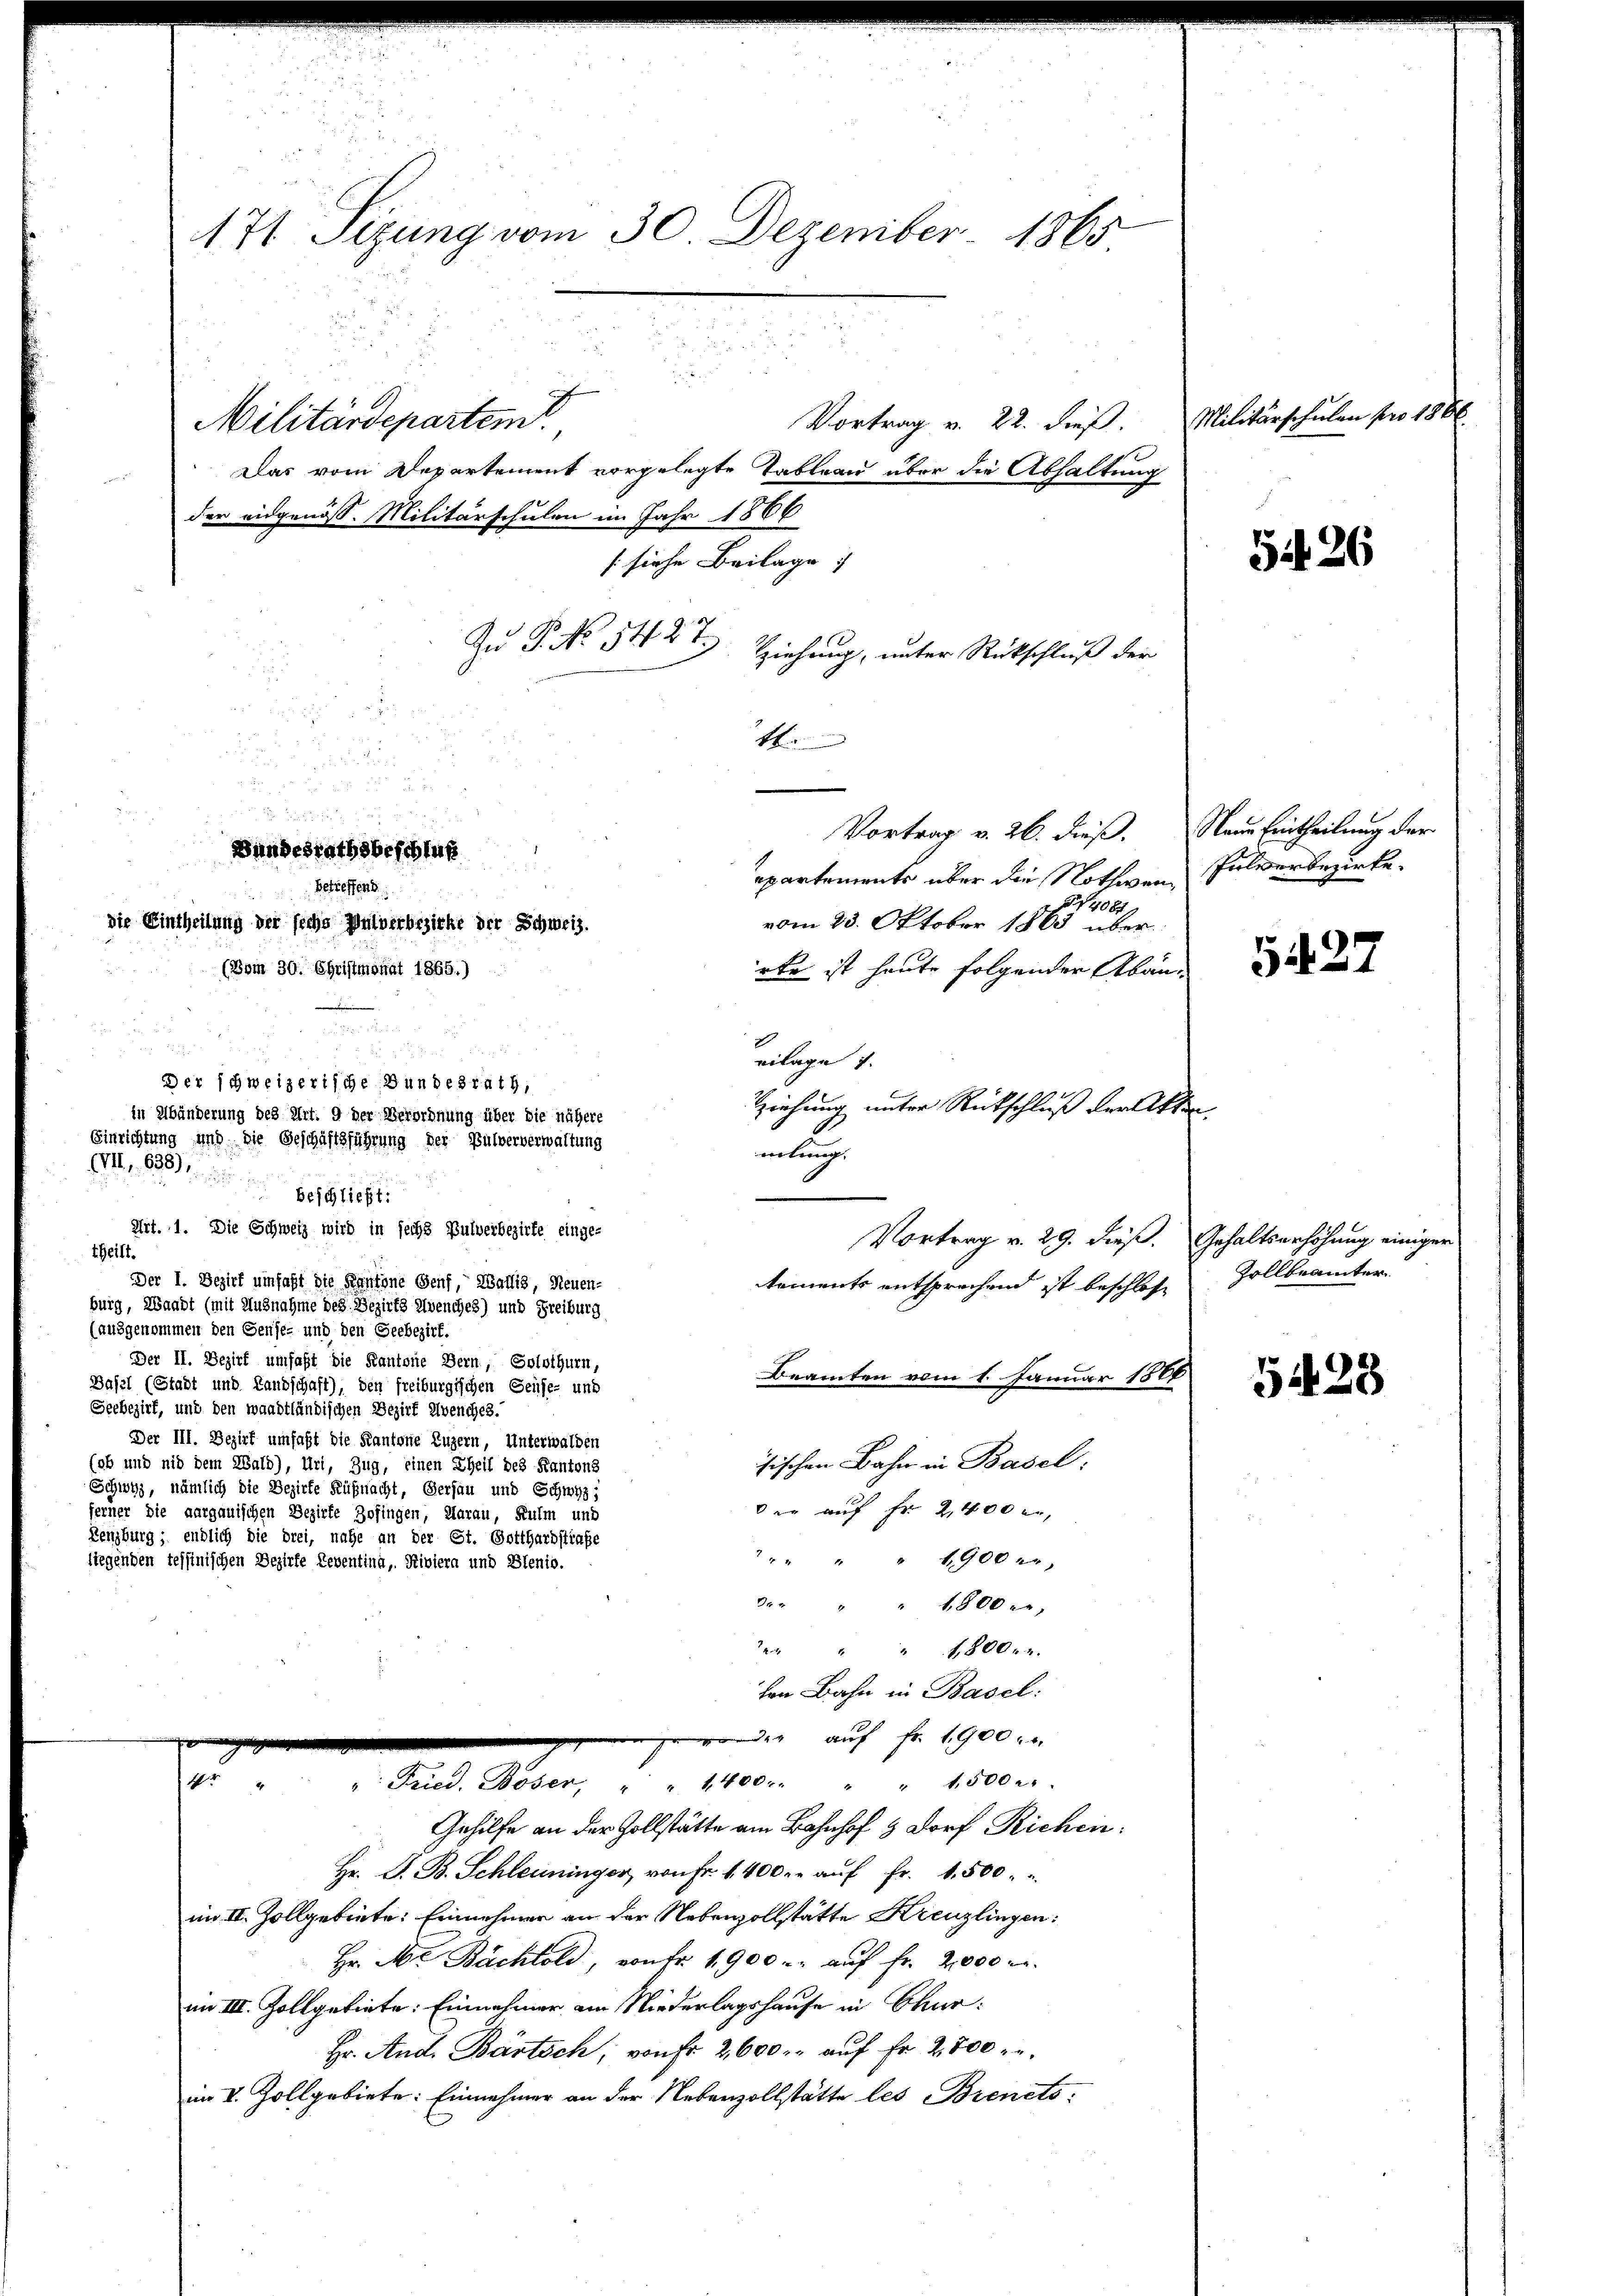
171 Sizung vom 30. Dezember 1865

Das vom Departement vorgelegte Tableau über die Abhaltung
der eidgenöss. Militärschulen im Jahr 1866
[siehe Beilage
Zu P. No 5427
Zziehung, unter Rückschluß der
4.
Vortrag v. 26. dieß. Naue Eintheilung der
epartements über die Nothwen¬
§ 4081,
vom 23. Oktober 1863 über
rte ist heute folgender Abän¬
(Bom 30. Christmonat 1865.)
eilage 1.
Ziehung unter Rückschluß der Akten
in Abänderung des Art. 9 der Verordnung über die nähere
Einrichtung und die Geschäftsführung der Pulververwaltung
mlung.
VIII 638)
beschließt:
Art. 1. Die Schweiz wird in sechs Pulverbezirke einge-
Vortrag v. 29. dieß. Gehaltserhöhung einiger
theilt.
Der I. Bezirk umfaßt die Kantone Genf, Wallis, Neuen-
tements entsprechend ist beschloße Zollbeamter
burg, Waadt (mit Ausnahme des Bezirks Avenches) und Freiburg
(ausgenommen den Genie- und den Geebezirf.
Der II. Bezirk umfaßt die Kantone Bern, Solothurn,
Beamten vom 1. Januar 1884
Basel (Stadt und Landschaft), den freiburgischen Seuse- und
Geebezirk, und den waadtländischen Bezirk Alvenches.
Der III. Bezirk umfaßt die Kantone Luzern, Unterwalden
isischen Bahn in Basel:
(ab und nid dem Wald), Uri, Zug, einen Theil des Kantons
Schwyz, nämlich die Bezirke Küßnacht, Gersau und Schwyz;
Die auf Fr. 2,400 er,
ferner die aargauischen Bezirke Zofingen, Aarau, Kulm und
Kenzburg; endlich die drei, nahe an der St. Gotthardstrafe
" " " " " 1900 " "
liegenden Tessinischen Bezirke Reventina, Riviera und Blenio.
8 " " 1800.
" " " 1800.
hen Bahn in Basel:
er auf Fr. 1900 x
ge
4r " " " Fried. Böser, " " 1400 " " " 15000.
Gehilfe an der Zollstätte am Bahnhof & Dorf Richen:
Hr. D. B. Schleuninger, von Fr. 1400 r. aŭf Fr. 1500.
im II. Zollgebiete: Einnehmer an der Nebenzollstätte Kreuzlingen:
Hr. A. Bächtold, von Fr. 1900 u. auf Fr. 2000 M.
im III. Zollgebiete: Einnehmer am Niederlagshause in Chur:
Hr. And. Bartsch von fr. 2600. aŭf Fr. 2800
im V. Zollgebiete: Einnehmer an der Nebenzollstätte les Bienets

Militärdepartem

Bundesrathsbeschluß
betreffend
die Eintheilung der siche Wulverbezirke der Schweiz.

Der schweizerische Bundesrath,

Vortrag v. 22. dieß.

Militärschulen pro 186

Pulverbezirke.

5426

5427

5428